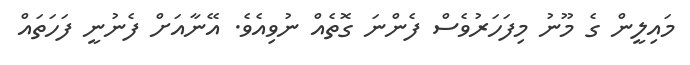
މައިލީން ގެ މޫނު މިފަހަރުވެސް ފެންނަ ގޮތެއް ނުވިއެވެ. އޭނާއަށް ފެނުނީ ފަހަތައް